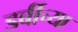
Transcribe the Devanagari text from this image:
डर्बीच्या